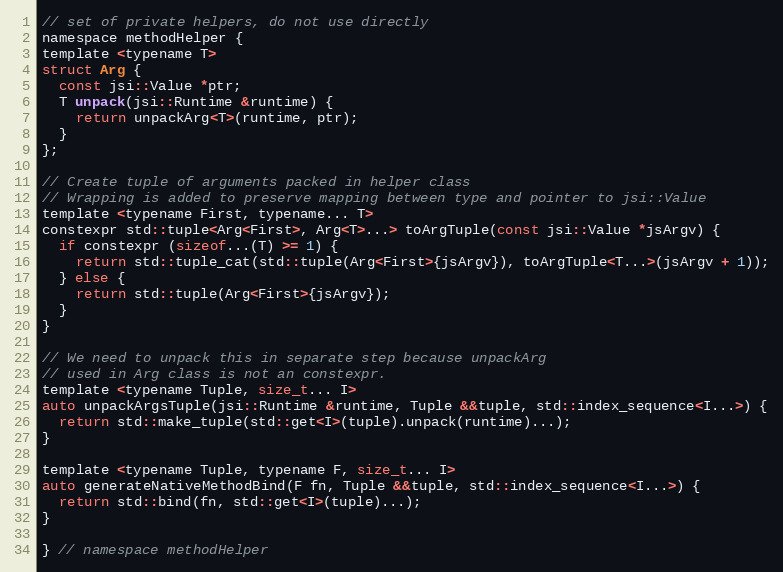
Language: C
// set of private helpers, do not use directly
namespace methodHelper {
template <typename T>
struct Arg {
  const jsi::Value *ptr;
  T unpack(jsi::Runtime &runtime) {
    return unpackArg<T>(runtime, ptr);
  }
};

// Create tuple of arguments packed in helper class
// Wrapping is added to preserve mapping between type and pointer to jsi::Value
template <typename First, typename... T>
constexpr std::tuple<Arg<First>, Arg<T>...> toArgTuple(const jsi::Value *jsArgv) {
  if constexpr (sizeof...(T) >= 1) {
    return std::tuple_cat(std::tuple(Arg<First>{jsArgv}), toArgTuple<T...>(jsArgv + 1));
  } else {
    return std::tuple(Arg<First>{jsArgv});
  }
}

// We need to unpack this in separate step because unpackArg
// used in Arg class is not an constexpr.
template <typename Tuple, size_t... I>
auto unpackArgsTuple(jsi::Runtime &runtime, Tuple &&tuple, std::index_sequence<I...>) {
  return std::make_tuple(std::get<I>(tuple).unpack(runtime)...);
}

template <typename Tuple, typename F, size_t... I>
auto generateNativeMethodBind(F fn, Tuple &&tuple, std::index_sequence<I...>) {
  return std::bind(fn, std::get<I>(tuple)...);
}

} // namespace methodHelper